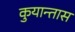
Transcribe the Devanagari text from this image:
कुयान्तास